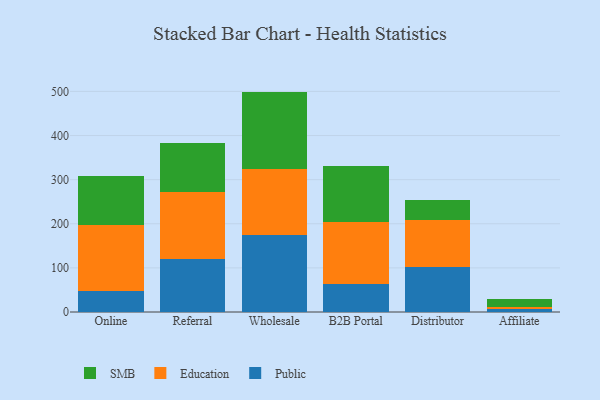
{"axis": {"x": "Channel", "y": "Backlog"}, "legend": ["Education", "Public", "SMB"], "data": [{"x": "Online", "y": 48.6, "type": "Public"}, {"x": "Online", "y": 149.4, "type": "Education"}, {"x": "Online", "y": 109.4, "type": "SMB"}, {"x": "Referral", "y": 120.6, "type": "Public"}, {"x": "Referral", "y": 151.7, "type": "Education"}, {"x": "Referral", "y": 110.4, "type": "SMB"}, {"x": "Wholesale", "y": 173.9, "type": "Public"}, {"x": "Wholesale", "y": 149.5, "type": "Education"}, {"x": "Wholesale", "y": 176.2, "type": "SMB"}, {"x": "B2B Portal", "y": 62.4, "type": "Public"}, {"x": "B2B Portal", "y": 140.5, "type": "Education"}, {"x": "B2B Portal", "y": 127.6, "type": "SMB"}, {"x": "Distributor", "y": 101.8, "type": "Public"}, {"x": "Distributor", "y": 106.7, "type": "Education"}, {"x": "Distributor", "y": 46.0, "type": "SMB"}, {"x": "Affiliate", "y": 6.5, "type": "Public"}, {"x": "Affiliate", "y": 5.6, "type": "Education"}, {"x": "Affiliate", "y": 17.0, "type": "SMB"}]}